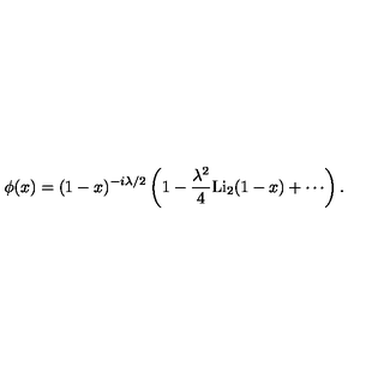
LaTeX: \phi ( x ) = ( 1 - x ) ^ { - i \lambda / 2 } \left( 1 - \frac { \lambda ^ { 2 } } { 4 } \mathrm { L i } _ { 2 } ( 1 - x ) + \cdots \right) .